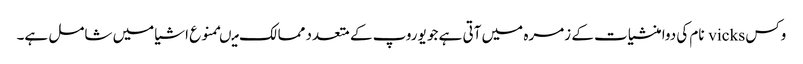
وکس vicks نام کی دوا منشیات کے زمرہ میں آتی ہے جو یوروپ کے متعدد ممالک میںممنوع اشیا میں شامل ہے۔